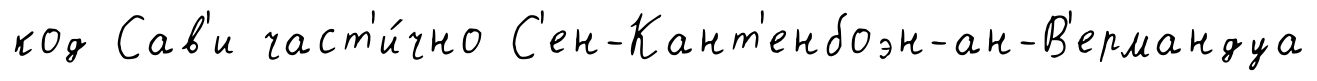
код Сав'и част'и́чно С'ен-Кант'енбоэн-ан-В'ермандуа